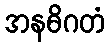
အနဓိဂတံ